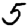
Digit: 5